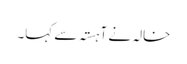
خالہ نے آہستہ سے کہا۔